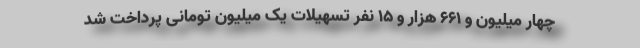
چهار میلیون و ۶۶۱ هزار و ۱۵ نفر تسهیلات یک میلیون تومانی پرداخت شد